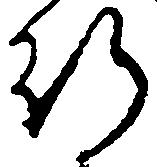
行